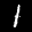
Label: 1